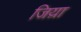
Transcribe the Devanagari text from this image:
जिय़ा